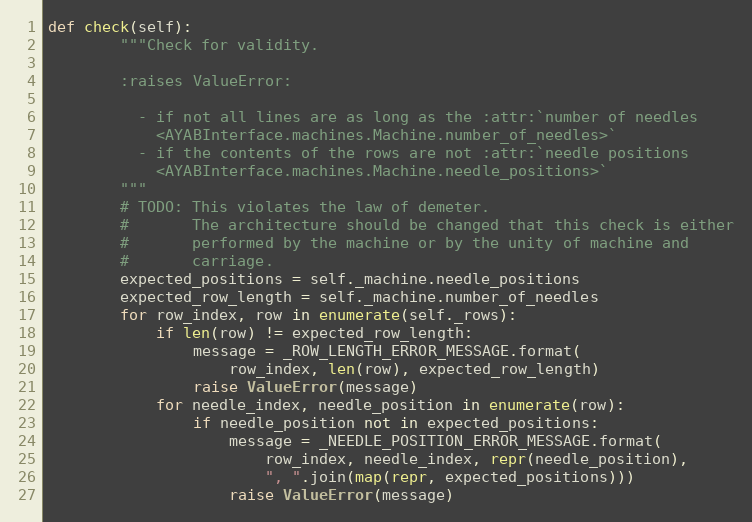
Language: Python
def check(self):
        """Check for validity.

        :raises ValueError:

          - if not all lines are as long as the :attr:`number of needles
            <AYABInterface.machines.Machine.number_of_needles>`
          - if the contents of the rows are not :attr:`needle positions
            <AYABInterface.machines.Machine.needle_positions>`
        """
        # TODO: This violates the law of demeter.
        #       The architecture should be changed that this check is either
        #       performed by the machine or by the unity of machine and
        #       carriage.
        expected_positions = self._machine.needle_positions
        expected_row_length = self._machine.number_of_needles
        for row_index, row in enumerate(self._rows):
            if len(row) != expected_row_length:
                message = _ROW_LENGTH_ERROR_MESSAGE.format(
                    row_index, len(row), expected_row_length)
                raise ValueError(message)
            for needle_index, needle_position in enumerate(row):
                if needle_position not in expected_positions:
                    message = _NEEDLE_POSITION_ERROR_MESSAGE.format(
                        row_index, needle_index, repr(needle_position),
                        ", ".join(map(repr, expected_positions)))
                    raise ValueError(message)